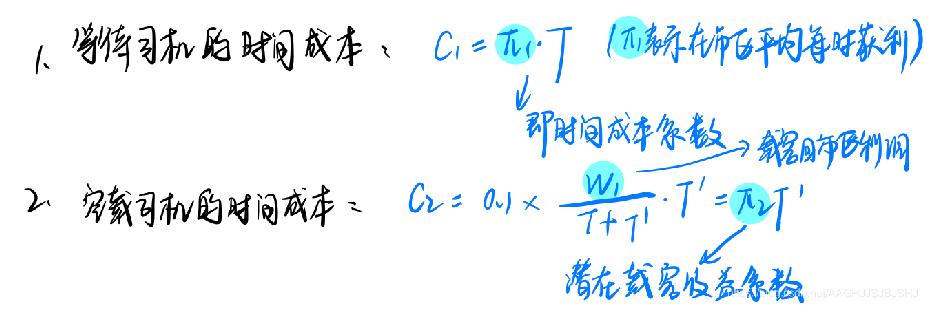
1. 等待司机的时间成本：$C_{1}=\pi_{1}\cdot T$（$\pi_{1}$表示在市区平均每小时获利）
即时间成本系数→剩余时间利润
2. 空载司机的时间成本：$C_{2}=0.1\times\frac{W_{1}}{T + T'}\cdot T'=\pi_{2}T'$
潜在载客收益系数